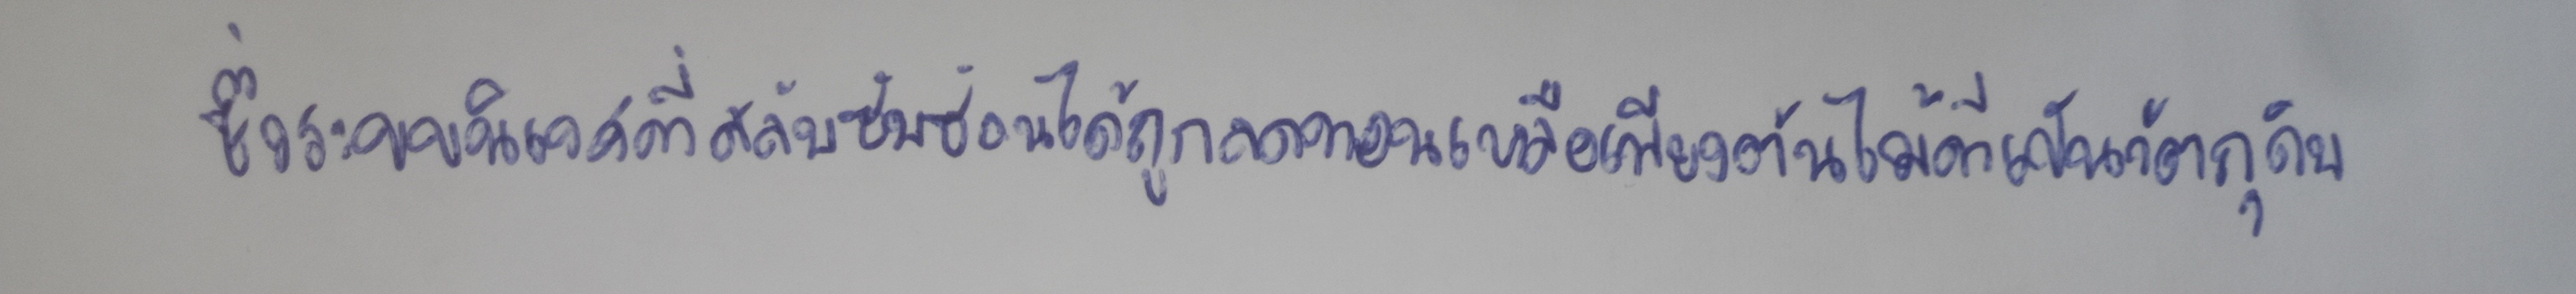
ซึ่งระบบนิเวศที่สลับซับซ้อนได้ถูกลดทอนเหลือเพียงต้นไม้ที่เป็นวัตถุดิบ